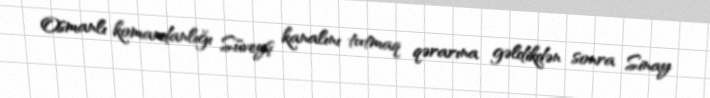
Osmanlı komandanlığı Süveyş kanalını tutmaq qərarına gəldikdən sonra Sinay